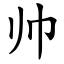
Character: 帅